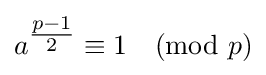
a^{\tfrac {p-1}{2}}\equiv 1{\pmod {p}}